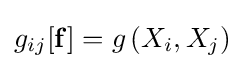
g_{ij}[\mathbf {f} ]=g\left(X_{i},X_{j}\right)